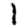
Digit: 1